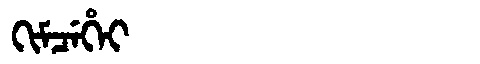
Manchu: ᡴᡳᠮᠴᡝᡥᡝᡳ
Romanization: KIMCEHEI